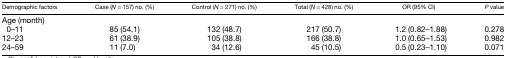
<table><thead><tr><td><b>Demographic factors</b></td><td><b>Case (<i>N</i> = 157) no. (%)</b></td><td><b>Control (<i>N</i> = 271) no. (%)</b></td><td><b>Total (<i>N</i> = 428) no. (%)</b></td><td><b>OR (95% CI)</b></td><td><b><i>P</i> value</b></td></tr></thead><tbody><tr><td colspan="6">Age (month)</td></tr><tr><td>0–11</td><td>85 (54.1)</td><td>132 (48.7)</td><td>217 (50.7)</td><td>1.2 (0.82–1.88)</td><td>0.278</td></tr><tr><td>12–23</td><td>61 (38.9)</td><td>105 (38.8)</td><td>166 (38.8)</td><td>1.0 (0.65–1.53)</td><td>0.982</td></tr><tr><td>24–59</td><td>11 (7.0)</td><td>34 (12.6)</td><td>45 (10.5)</td><td>0.5 (0.23–1.10)</td><td>0.071</td></tr></tbody></table>